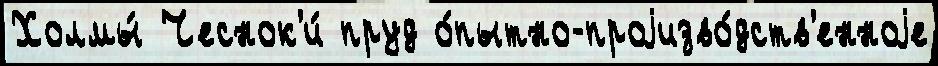
Холмы́ Чеснок'и́ пруд о́пытно-проjизво́дств'енноjе